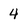
Character: 4